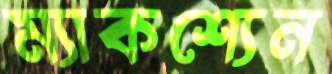
ম্যাকশ্যেন